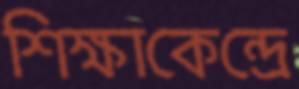
শিক্ষাকেন্দ্রে